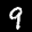
Label: 9